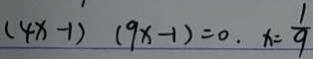
( 4 x - 1 ) ( 9 x - 1 ) = 0 . x = \frac { 1 } { 9 }